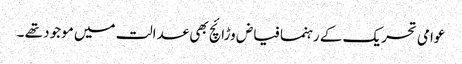
عوامی تحریک کے رہنما فیاض وڑائچ بھی عدالت میں موجود تھے ۔